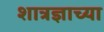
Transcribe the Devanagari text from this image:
शात्रज्ञाच्या